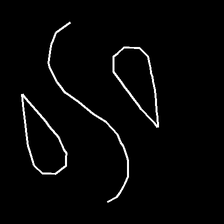
Glyph: water